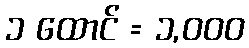
၁ ထောင် = ၁,၀၀၀